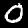
Label: 0